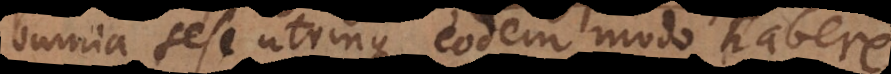
omnia sese utrinque eodem modo habere